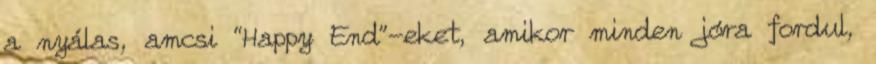
a nyálas, amcsi “Happy End”-eket, amikor minden jóra fordul,